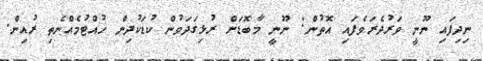
ނިދިފައި ނޫނީ ވަރުދެރަވެފައި އޮތުން: ނޫނީ މާބޮޑަށް ރުޅިގަދަވުން ކުޑަކުދިން ހުއްޓުމެއްނެތި ރުއިން.